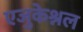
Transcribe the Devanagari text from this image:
एजुकेश्नल